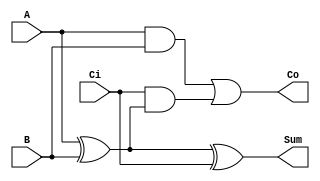
module fulladder(
    output Sum,
    output Co,
    input A,
    input B,
    input Ci
    
);
wire S1,S2,S3;
xor(Sum,A,B,Ci);
and(S1,A,B);
xor(S2,A,B);
and(S3,Ci,S2);
or (Co,S1,S3);
endmodule